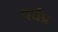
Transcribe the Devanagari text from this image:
पर्यप्र